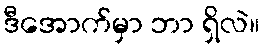
ဒီအောက်မှာ ဘာ ရှိလဲ။